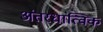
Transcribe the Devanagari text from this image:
अंतरधात्विक